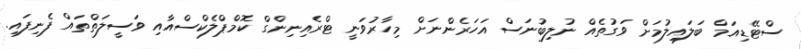
ސްޓޭޑިއަމް ބަލައިލުމަށް ވަގުތެއް ނުލިބުނަސް އަހަރެންނަށް މިހާރުވަނީ ޓްރެއިނިންގް ކޮމްޕްލެކްސްއާއި ވަސީލަތްތައް ފެނިފައި.